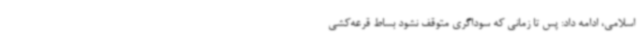
اسلامی، ادامه داد: پس تا زمانی که سوداگری متوقف نشود بساط قرعه‌کشی